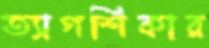
ত্যাগশিকার